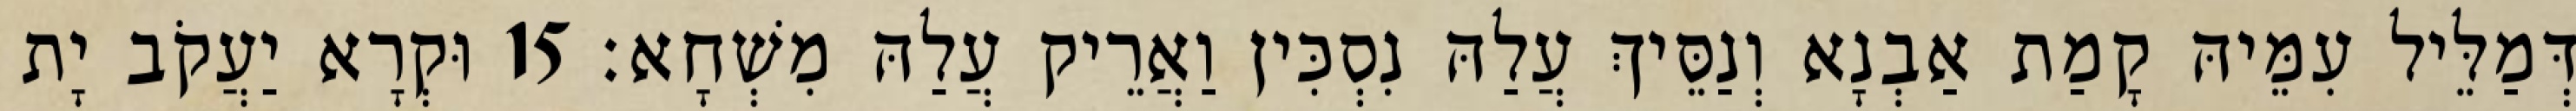
דְּמַלֵּיל עִמֵּיהּ קָמַת אַבְנָא וְנַסֵּיךְ עֲלַהּ נִסְכִּין וַאֲרֵיק עֲלַהּ מִשְׁחָא׃ 15 וּקְרָא יַעֲקֹב יָת